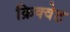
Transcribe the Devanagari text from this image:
क्रिक्वेट